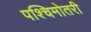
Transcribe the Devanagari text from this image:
पश्चिमोतरी